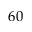
6 0